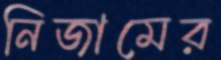
নিজামের